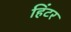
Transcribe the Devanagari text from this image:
हिंटर